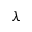
\lambda